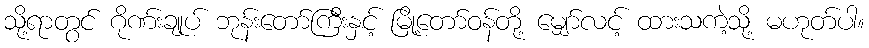
သို့ရာတွင် ဂိုဏ်းချုပ် ဘုန်းတော်ကြီးနှင့် မြို့တော်ဝန်တို့ မျှော်လင့် ထားသကဲ့သို့ မဟုတ်ပါ။